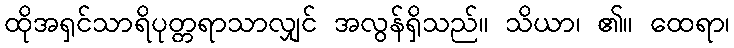
ထိုအရှင်သာရိပုတ္တရာသာလျှင် အလွန်ရှိသည်။ သိယာ၊ ၏။ ထေရာ၊